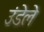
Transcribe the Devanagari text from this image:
उंडेले